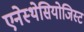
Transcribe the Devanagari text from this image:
एनेस्थेसियोजिस्ट